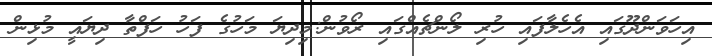
އިހަވަންދޫގައި އެހެލާފައި ހުރި ލޯންޗެއްގައި ރޯވުން:މިދިޔަ މަހުގެ ފަހު ހަފްތާ ދިޔައީ މުޅިން